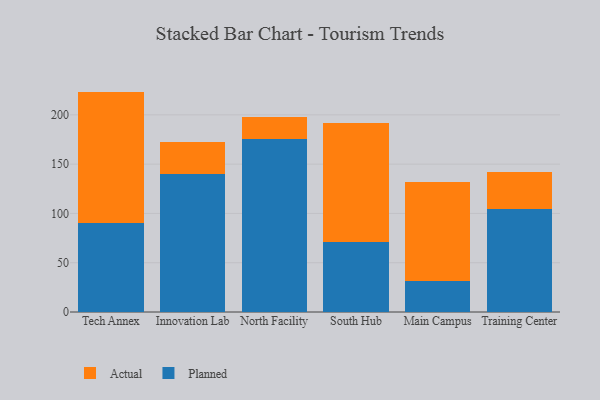
{"axis": {"x": "Campus", "y": "Shipments"}, "legend": ["Actual", "Planned"], "data": [{"x": "Tech Annex", "y": 89.9, "type": "Planned"}, {"x": "Tech Annex", "y": 133.7, "type": "Actual"}, {"x": "Innovation Lab", "y": 139.9, "type": "Planned"}, {"x": "Innovation Lab", "y": 33.0, "type": "Actual"}, {"x": "North Facility", "y": 175.3, "type": "Planned"}, {"x": "North Facility", "y": 22.6, "type": "Actual"}, {"x": "South Hub", "y": 70.9, "type": "Planned"}, {"x": "South Hub", "y": 120.7, "type": "Actual"}, {"x": "Main Campus", "y": 31.4, "type": "Planned"}, {"x": "Main Campus", "y": 100.7, "type": "Actual"}, {"x": "Training Center", "y": 104.6, "type": "Planned"}, {"x": "Training Center", "y": 37.2, "type": "Actual"}]}